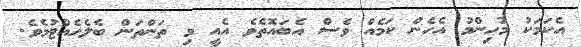
އެކަމަކު މުހިންމު އެހެން ކަމެއް ވެސް އެބައޮޮތެވެ އެއީ މި ތަންތަން ބެލެހެއްޓުމެވެ.